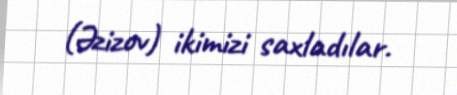
(Əzizov) ikimizi saxladılar.